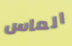
الماس